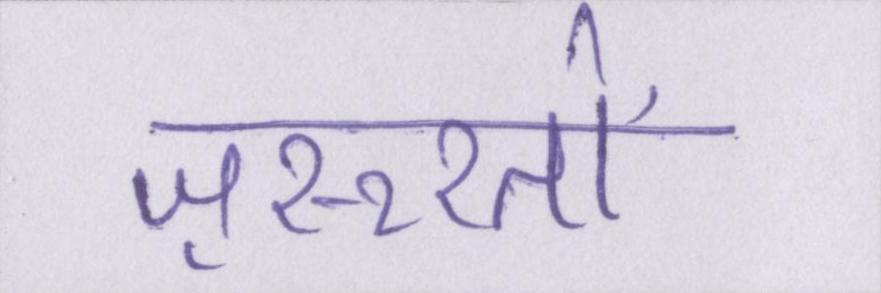
ज़रूरतों